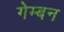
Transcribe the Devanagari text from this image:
गेम्बन